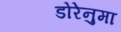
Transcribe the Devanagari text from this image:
डोरेनुमा